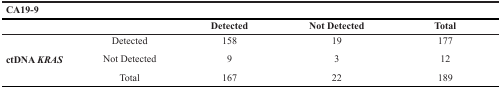
<table><thead><tr><td colspan="5"><b>CA19-9</b></td></tr><tr><td></td><td></td><td><b>Detected</b></td><td><b>Not Detected</b></td><td><b>Total</b></td></tr></thead><tbody><tr><td rowspan="3"><b>ctDNA <i>KRAS</i></b></td><td>Detected</td><td>158</td><td>19</td><td>177</td></tr><tr><td>Not Detected</td><td>9</td><td>3</td><td>12</td></tr><tr><td>Total</td><td>167</td><td>22</td><td>189</td></tr></tbody></table>